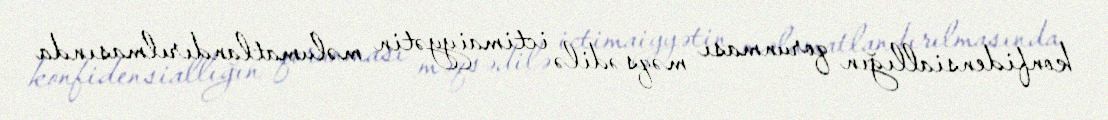
konfidensiallığın qorunması məqsədilə ictimaiyyətin məlumatlandırılmasında